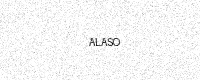
Text: ALASO